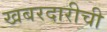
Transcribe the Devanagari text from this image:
खबरदारीची